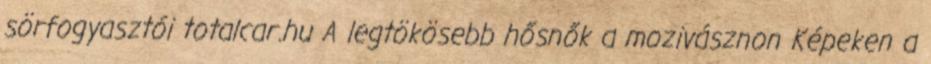
sörfogyasztói totalcar.hu A legtökösebb hősnők a mozivásznon Képeken a